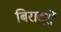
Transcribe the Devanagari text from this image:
बिरादरों